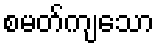
စမတ်ကျသော